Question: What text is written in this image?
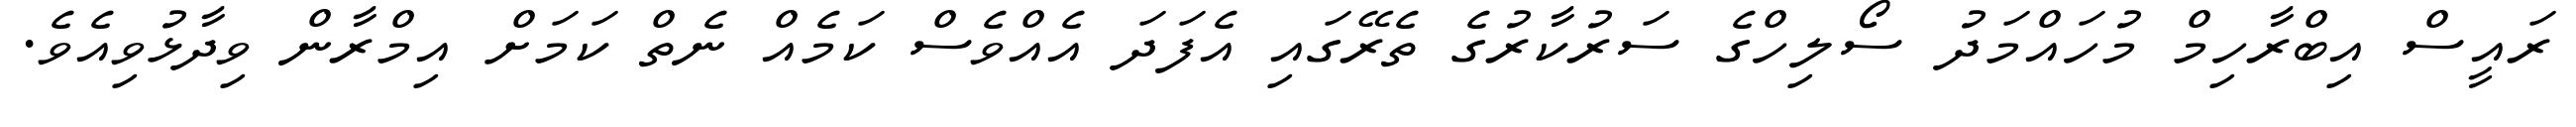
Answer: ރައީސް އިބްރާހިމް މުހައްމަދު ސޯލިހްގެ ސަރުކާރުގެ ތެރޭގައި އެފަދަ އެއްވެސް ކަމެއް ނެތް ކަމަށް އިމްރާން ވިދާޅުވިއެވެ.